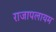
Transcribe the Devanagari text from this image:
राजापलायम